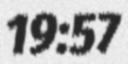
19:57